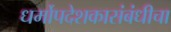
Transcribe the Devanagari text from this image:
धर्मोपदेशकासंबंधीचा